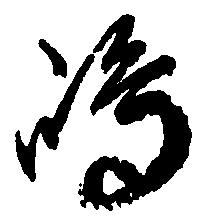
嶋